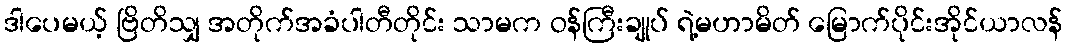
ဒါပေမယ့် ဗြိတိသျှ အတိုက်အခံပါတီတိုင်း သာမက ဝန်ကြီးချုပ် ရဲ့မဟာမိတ် မြောက်ပိုင်းအိုင်ယာလန်